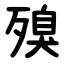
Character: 殠